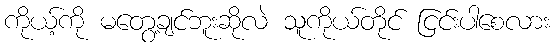
ကိုယ့်ကို မတွေ့ချင်ဘူးဆိုလဲ သူကိုယ်တိုင် ငြင်းပါစေလား